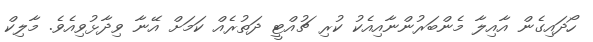
ހޯދައިގެން އާއިލާ މެންބަރުންނާއިއެކު ކުރި ޗުއްޓީ ދަތުރެއް ކަމަށް އޭނާ ވިދާޅުވިއެވެ. މާލިކް